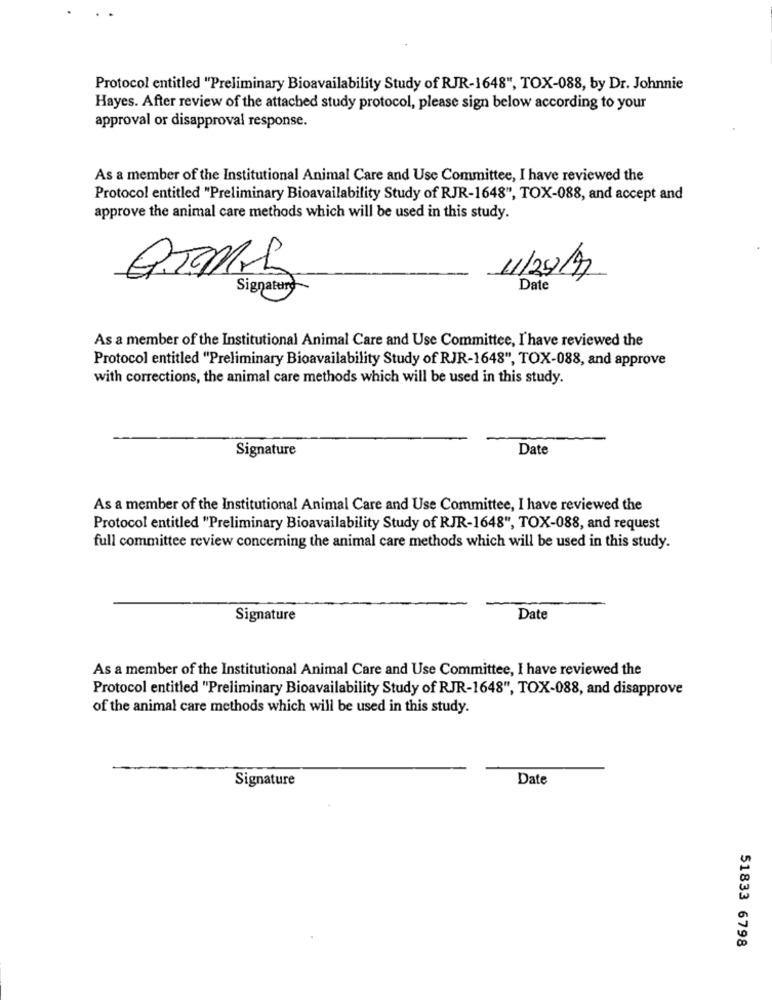
Protocol entitled "Preliminary Bioavailability Study of RJR-1648", TOX-088, by Dr. Johnnie
Hayes. After review of the attached study protocol, please sign below according to your
approval or disapproval response.
As a member of the Institutional Animal Care and Use Committee, I have reviewed the
Protocol entitled "Preliminary Bioavailability Study of RJR-1648", TOX-088, and accept and
approve the animal care methods which will be used in this study.
11/29/7
Signature
Date
As a member of the Institutional Animal Care and Use Committee, I'have reviewed the
Protocol entitled "Preliminary Bioavailability Study of RJR-1648", TOX-088, and approve
with corrections, the animal care methods which will be used in this study.
Signature
Date
As a member of the Institutional Animal Care and Use Committee, I have reviewed the
Protocol entitled "Preliminary Bioavailability Study of RJR-1648", TOX-088, and request
full committee review concerning the animal care methods which will be used in this study.
Signature
Date
As a member of the Institutional Animal Care and Use Committee, I have reviewed the
Protocol entitled "Preliminary Bioavailability Study of RJR-1648", TOX-088, and disapprove
of the animal care methods which will be used in this study.
Signature
Date
51833 6798